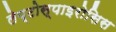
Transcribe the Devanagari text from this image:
लेप्टोस्पाइरोसिस